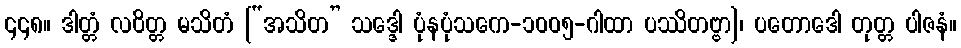
၄၄၈။ ဒါတ္တံ လဝိတ္တ မသိတံ [“အသိတ” သဒ္ဒေါ ပုံနပုံသကေ-၁၀၀၅-ဂါထာ ပဿိတဗ္ဗာ]၊ ပတောဒေါ တုတ္တ ပါဇနံ။